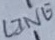
Text: LINE